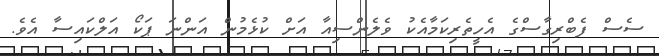
ސެސް ފެބްރިގާސްގެ އެހީތެރިކަމާއެކު ވެލެންސިއާ އަށް ކުޅެމުން އަންނަ ޕަކޯ އަލްކައިސާ އެވެ.